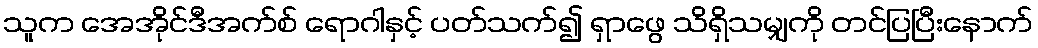
သူက အေအိုင်ဒီအက်စ် ရောဂါနှင့် ပတ်သက်၍ ရှာဖွေ သိရှိသမျှကို တင်ပြပြီးနောက်